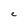
Character: C